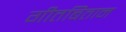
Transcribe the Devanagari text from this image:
गीतबितान